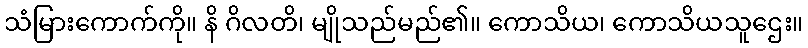
သံမြားကောက်ကို။ နိ ဂိလတိ၊ မျိုသည်မည်၏။ ကောသိယ၊ ကောသိယသူဌေး။